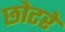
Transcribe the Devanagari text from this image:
छोटरे